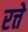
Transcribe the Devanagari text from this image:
रत्ते